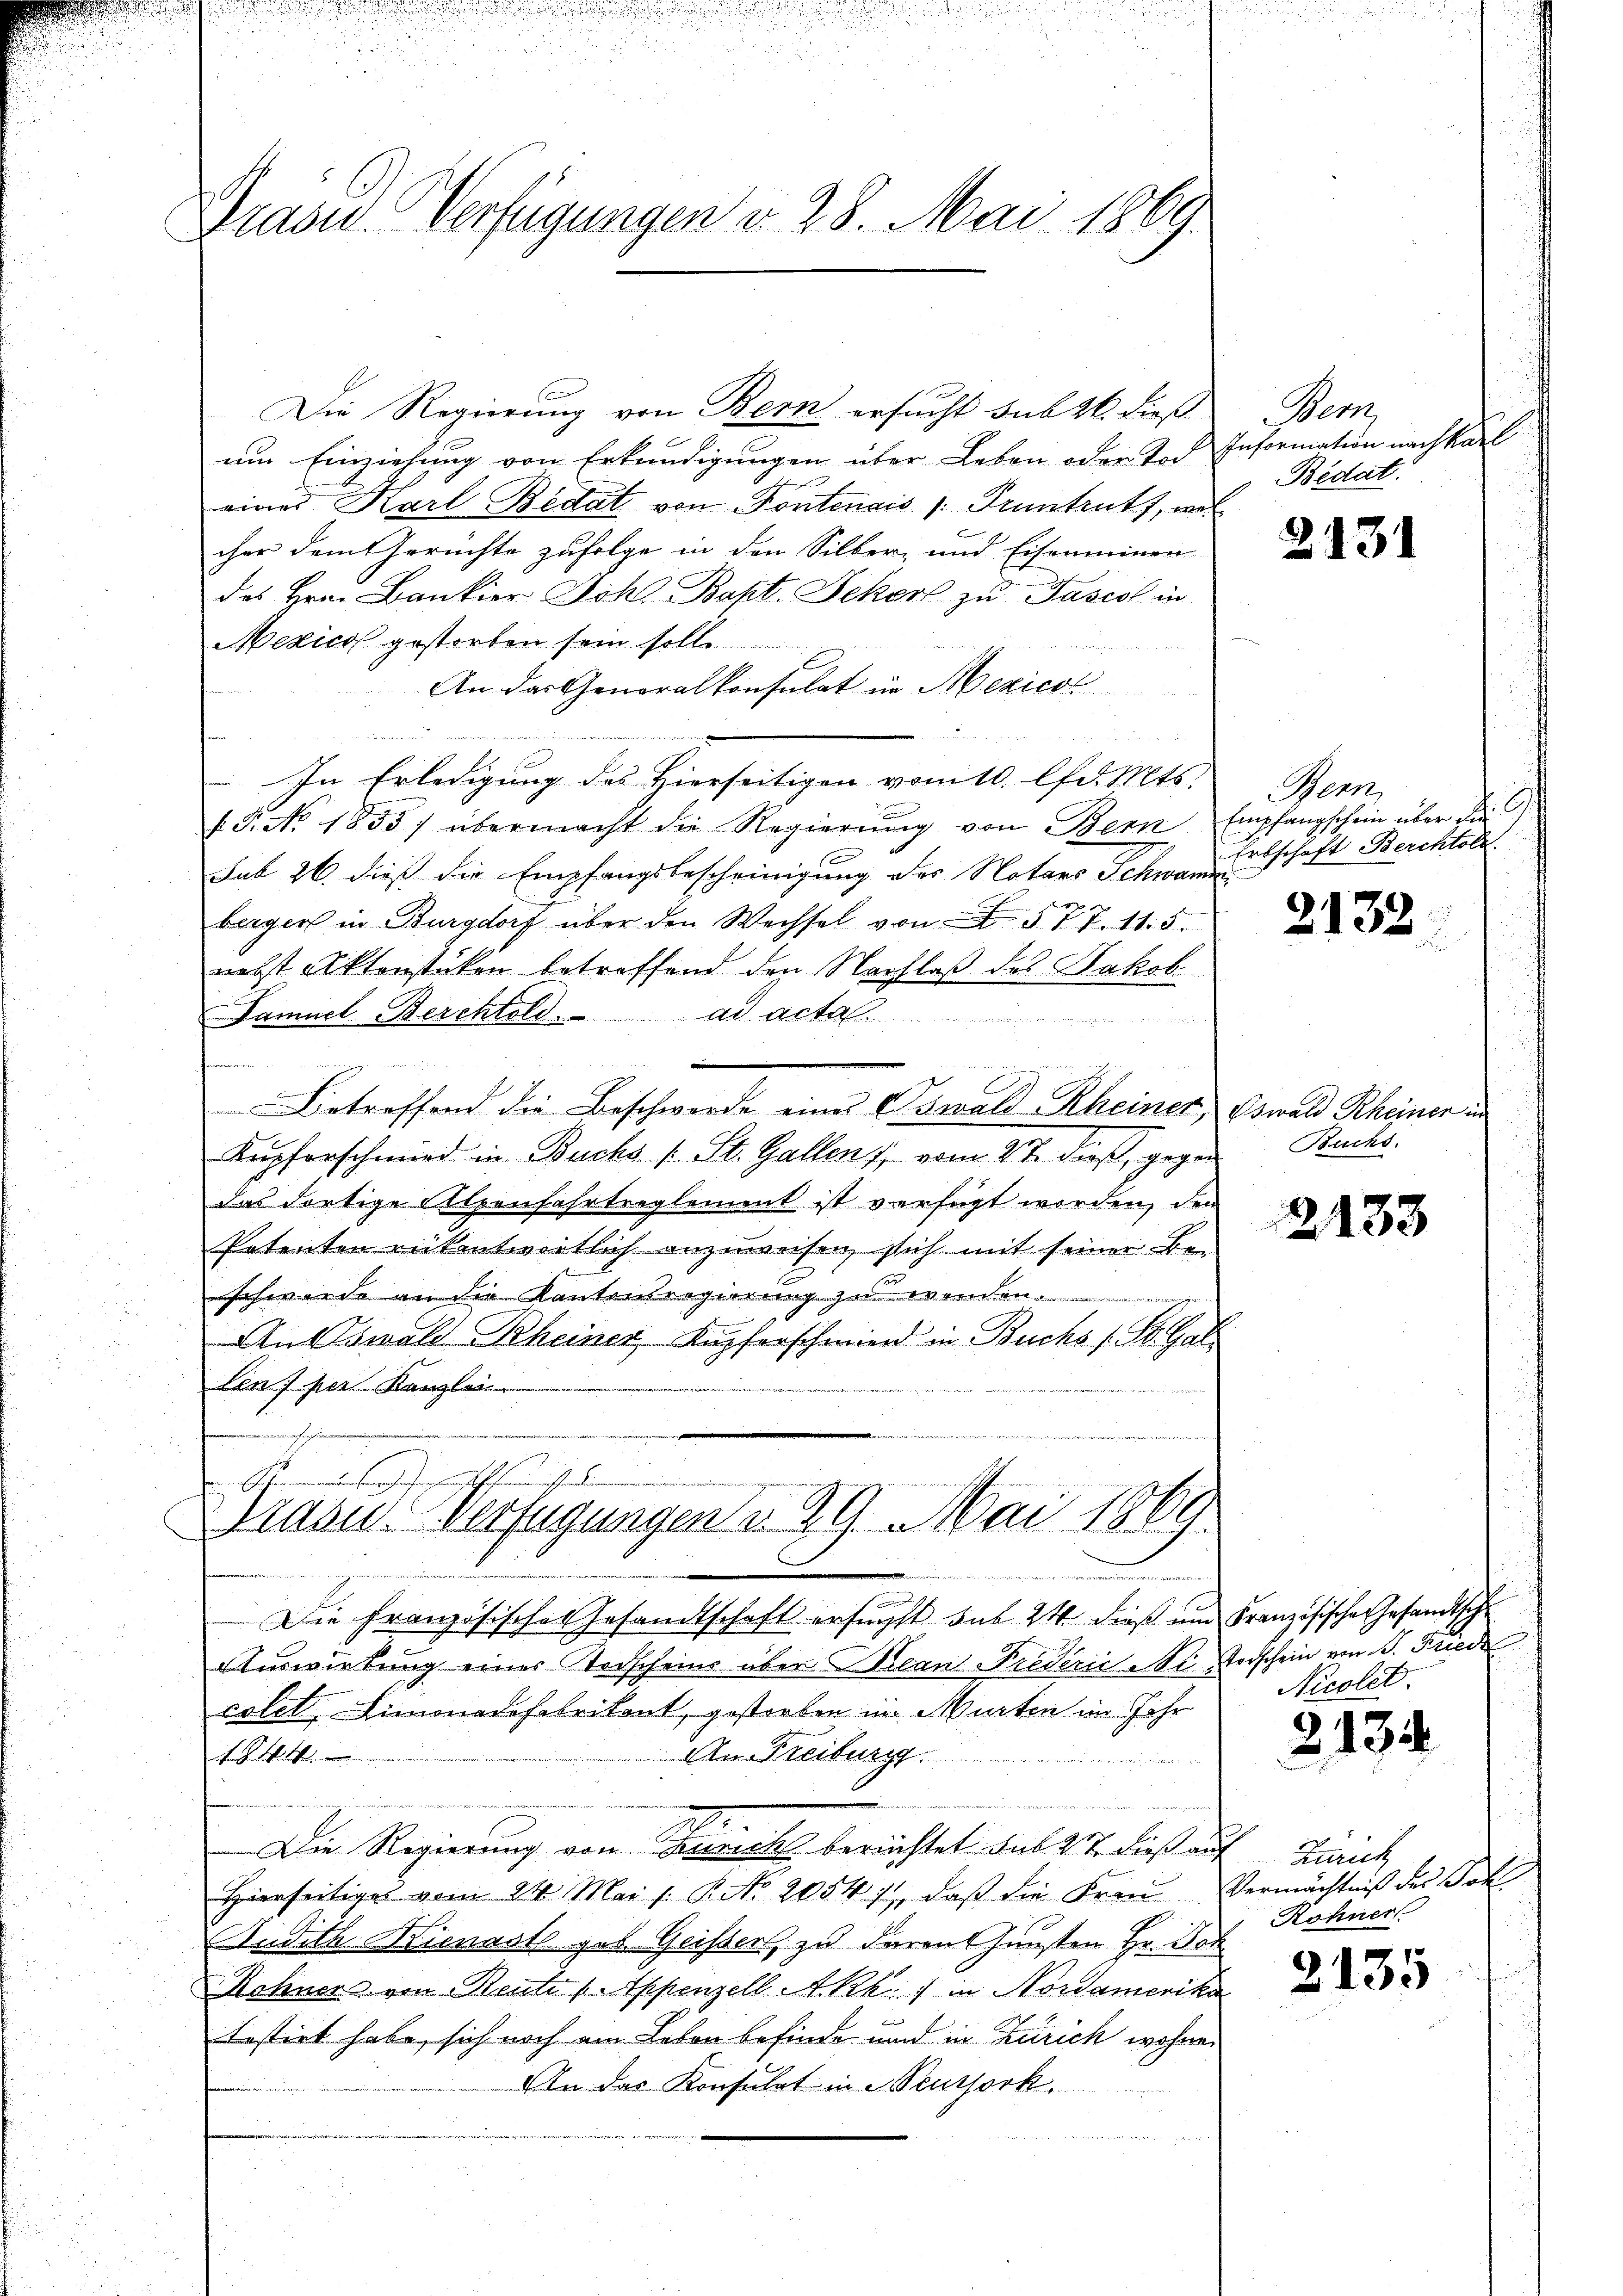
Grade Verfügungen d. 28. Mai 1869.

Die Regierung von Bern ersucht sub 26. dieß
um Einziehung von Erkundigungen über Leben oder Toch Information nachkarl
einer Karl Bedat von Fontenais (Pruntrut, wel
cher dem Gerüchte zufolge in den Silber- und Eisenminen
des Hrn. Bankier Joh. Bapt. Jeker zu Pascol in
Mexico gestorben sein solle
An das Generalkonsulat in Mexicot
d

In Erledigung des Hierseitigen vom 10. lfd. Mts. Bern
1.P. No. 1855/ übermacht die Regierŭng von Bern. Empfangschein über d
sub 26. dieß die Empfangsbescheinigung des Notars Schwammberger in Burgdorf über den Wechsel von § 77. 11.5.
nebst Aktenstücken betreffend den Nachlaß des Jakob
Damuel Berchtold. ad acta.
Betreffend die Beschwerde eines Oswald Rheiner, Eswald Rheiner im
Kupferschmied in Buchs (St. Gallen, vom 4t dieß, gegen Buchs.
das dortige Alpenfahrtreglement ist verfügt werden, den
Petenten rükantwortlich anzuweisen, sich mit seiner Be-
schwerde an die Kantonsregierung zu wenden.
An Oswald Rheiner, Kupferschmied in Buchs s. St. Gal
Len) per Kanzlei

Kanalschaffung
Brazu. Verfügungen d. 29. Mai 1861

.
Die Französische Gesandtschaft ersuchst das 24 dieβ ŭm Französische Gesandtsch
Auswirkung einer Todscheins über Jean Predérić i. Todschein von B. Friede
colet, Limonadofelrikant, gestorben im Murten im Jahr
An Freiburg
t
Die Regierung von Zürich berichtet das 21 dieß auf Zürich
Hierseitiges vom 24. Mai l. P. Nr. 2054 14, daβ die Fraŭ Vermächtniß der Poli
Audith Kienast geb. Geissen, zu darenthunsten Hr. Joh
Rohner von Reite (Appenzell Akk. ) in Nordamerika
testirt habe, sich noch am Leben befinde und in Zürich wohnen
Ain der Konsulat in Neujork
 14ten

Bem
Bedat.

2131

Erbschaft Berchtold

2132.

2133

Nicolet.

2132

Rohner

2135